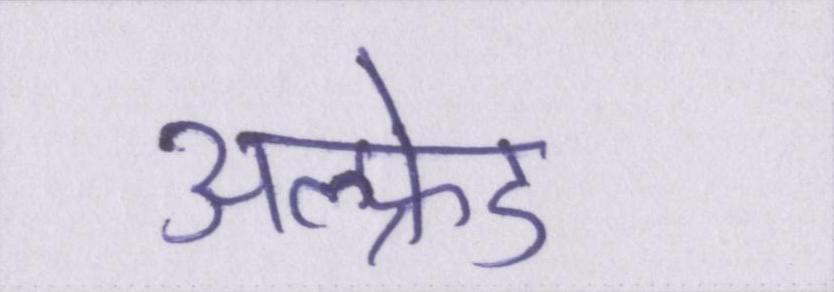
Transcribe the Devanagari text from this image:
अल्फ्रेड